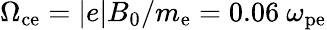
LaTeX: \Omega_{\mathrm{ce}}=|e|B_{0}/m_{\mathrm{e}}=0.06~\omega_{\mathrm{pe}}